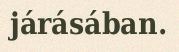
járásában.